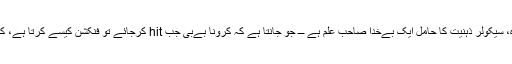
برسبیلِ تذکرہ، اس اثنا میں بدقسمت ترین شخص وہ خُوب آگاہ، سیکولر ذہنیت کا حامل ایک بےخدا صاحبِ علم ہے ـــ جو جانتا ہے کہ کرونا بےبی جب hit کرجائے تو فنکشن کیسے کرتا ہے، کیسے پورے بدن کے باڈی cells کو اُدھیڑ کر رکھ دیتا ہے۔